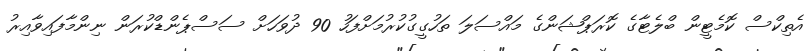
އެތިކްސް ކޮމެޓީން ބްލެޓާގެ ކޮރަޕްޝަންގެ މައްސަލަ ތަހުގީގުކުރުމަށްފަހު 90 ދުވަހަށް ސަސްޕެންޑްކުރަން ނިންމާފައިވާއިރު